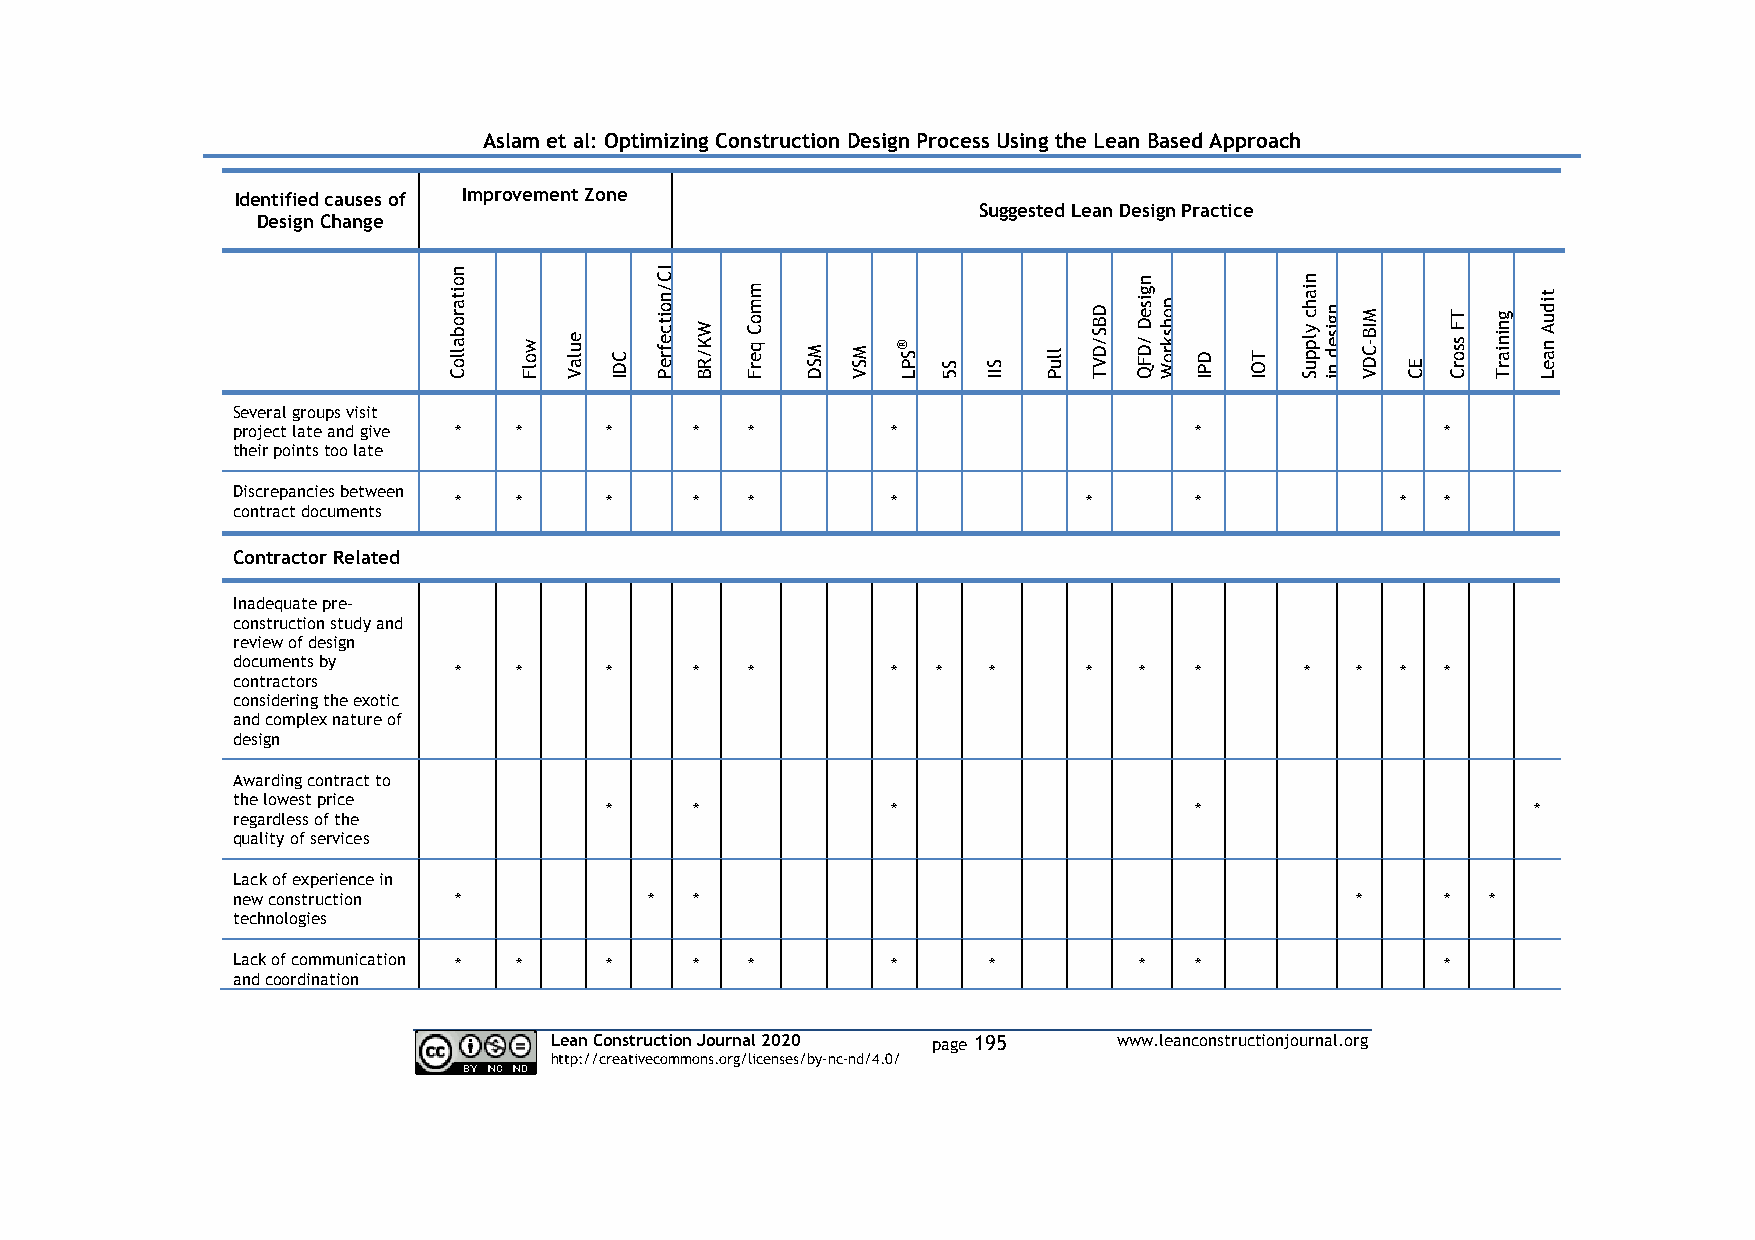
Aslam et al: Optimizing Construction Design Process Using the Lean Based Approach
 Identified causes of Improvement Zone
 Suggested Lean Design Practice
 Design Change
 n
 o it a r o b a llo C w o lF e u la V C D I
 IC
 / n o it c e f r e P W K / R B m m o C q e r F M S D M S V ® S P L S 5 S I I llu P D B S / D V T n g is e DD F Q/ p o h s k r o W D P I T O I n ia h c y lp p u Sn g is e d n i CM DI VB - E C T F s s o r C g n in ia r T t id u A n a e L
 Several groups visit
 project late and give * * *    *   *        *                   *                *
 their points too late
 Discrepancies between
 *   *     *     *   *        *            *      *             *  *
 contract documents
 Contractor Related
 Inadequate pre-
 construction study and
 review of design
 documents by
 *   *     *     *   *        *  *  *      *  *   *      *   *  *  *
 contractors
 considering the exotic
 and complex nature of
 design
 Awarding contract to
 the lowest price
 *     *            *                   *                      *
 regardless of the
 quality of services
 Lack of experience in
 new construction *          *  *                                           *     * *
 technologies
 Lack of communication * * *    *   *        *     *         *   *                *
 and coordination
 Lean Construction Journal 2020 page 195 www.leanconstructionjournal.org
 http://creativecommons.org/licenses/by-nc-nd/4.0/